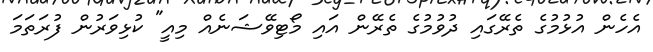
އެހެން އުޅުމުގެ ތެރޭގައި ދުވުމުގެ ތެރޭން އައި މޯޓިވޭޝަނެއް މިއީ" ކުޅިވަރުން ފުރަތަމަ